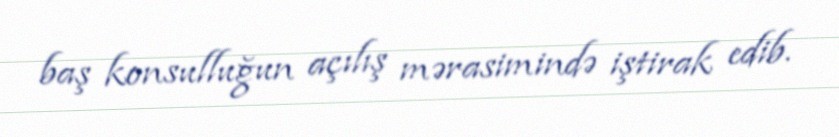
baş konsulluğun açılış mərasimində iştirak edib.